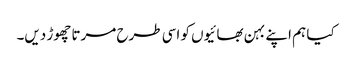
کیا ہم اپنے بہن بھائیوں کو اسی طرح مرتا چھوڑ دیں۔